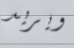
ويريد